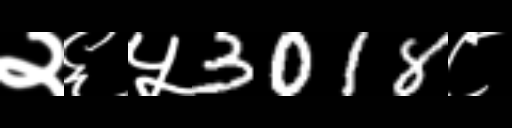
Text: २६५3018८